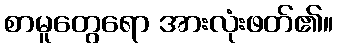
စာမူတွေရော အားလုံးဖတ်၏။